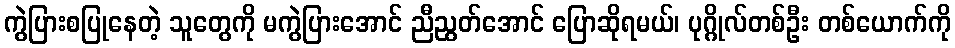
ကွဲပြားစပြုနေတဲ့ သူတွေကို မကွဲပြားအောင် ညီညွတ်အောင် ပြောဆိုရမယ်၊ ပုဂ္ဂိုလ်တစ်ဦး တစ်ယောက်ကို